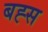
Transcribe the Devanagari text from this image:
बह्स